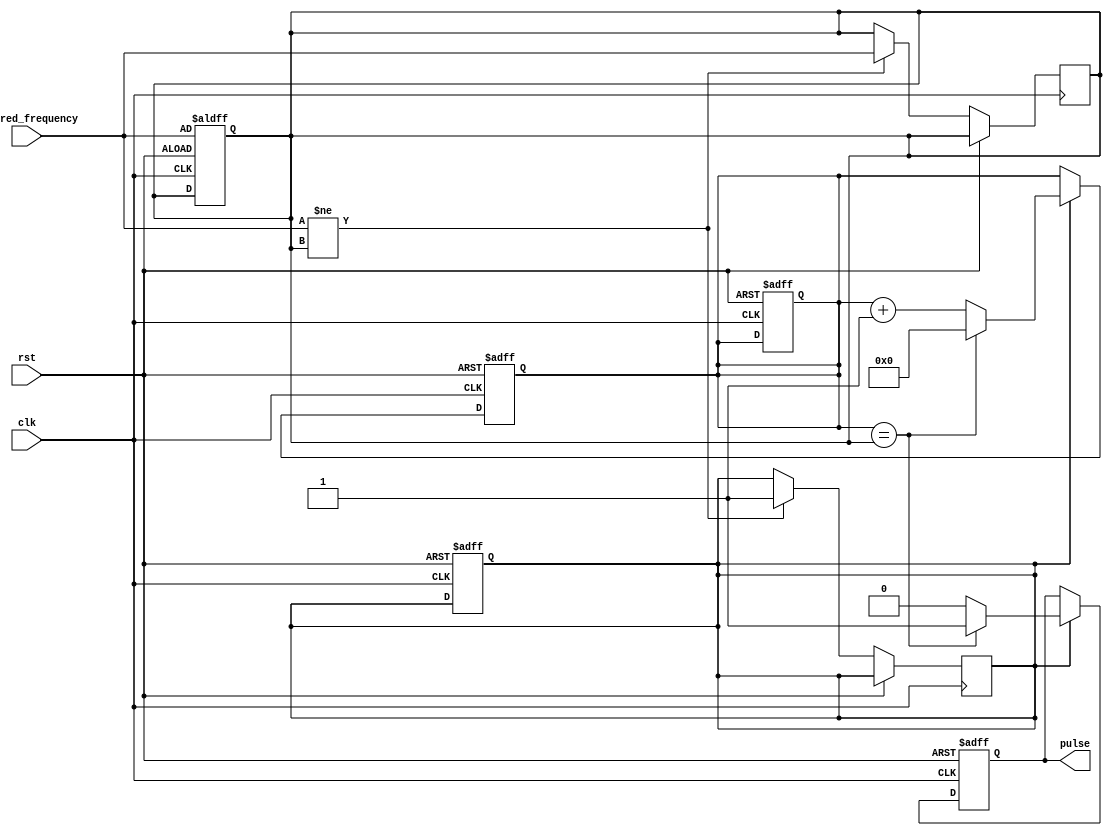
module pulse_generator(
    input wire clk,
    input wire rst,
    input wire [15:0] desired_frequency,
    output reg pulse
);

reg [15:0] counter;
reg [15:0] reload_value;
reg sync_enable;

always @ (posedge clk or posedge rst) begin
    if (rst) begin
        counter <= 16'b0;
        reload_value <= desired_frequency;
        sync_enable <= 1'b0;
        pulse <= 1'b0;
    end else begin
        if (sync_enable) begin
            if (counter == reload_value) begin
                pulse <= 1'b1;
                counter <= 16'b0;
            end else begin
                pulse <= 1'b0;
                counter <= counter + 1;
            end
        end
    end
end

always @ (posedge clk or posedge rst) begin
    if (rst) begin
        counter <= 16'b0;
    end else begin
        if (desired_frequency != reload_value) begin
            reload_value <= desired_frequency;
            sync_enable <= 1'b1;
        end
    end
end

endmodule